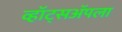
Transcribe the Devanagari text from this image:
व्हॉट्सॲपला